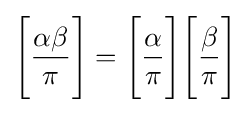
{\Bigg [}{\frac {\alpha \beta }{\pi }}{\Bigg ]}={\Bigg [}{\frac {\alpha }{\pi }}{\Bigg ]}{\Bigg [}{\frac {\beta }{\pi }}{\Bigg ]}